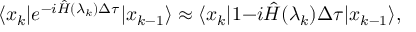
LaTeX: \langle x _ { k } | e ^ { - i \hat { { \cal H } } ( \lambda _ { k } ) \Delta \tau } | x _ { k - 1 } \rangle \approx \langle x _ { k } | 1 { - i \hat { { \cal H } } ( \lambda _ { k } ) \Delta \tau } | x _ { k - 1 } \rangle ,